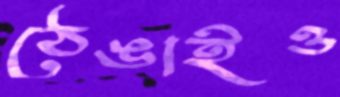
ঠেঙাইও